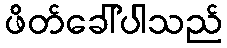
ဖိတ်ခေါ်ပါသည်